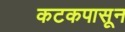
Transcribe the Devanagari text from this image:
कटकपासून